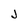
Character: j